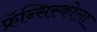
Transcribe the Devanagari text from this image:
फ्रॅन्सिस्कोला